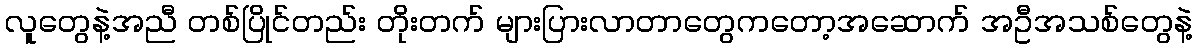
လူတွေနဲ့အညီ တစ်ပြိုင်တည်း တိုးတက် များပြားလာတာတွေကတော့အဆောက် အဦအသစ်တွေနဲ့